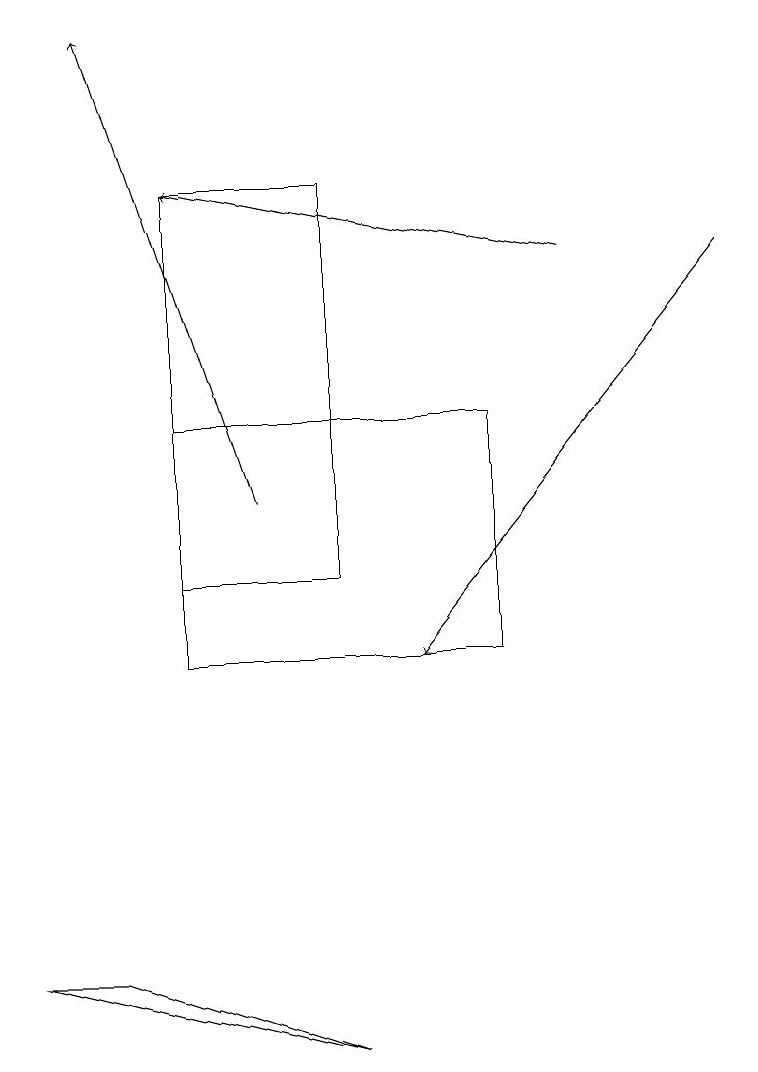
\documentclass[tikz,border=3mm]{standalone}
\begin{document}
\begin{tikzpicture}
\draw (4,17) rectangle (2,12);
\draw[->] (3,13) -- (1,19);
\draw (4,6) -- (0,7) -- (1,7) -- cycle;
\draw[->] (9,16) -- (5,11);
\draw (2,11) rectangle (6,14);
\draw[->] (7,16) -- (2,17);
\draw (4,13) rectangle (4,16);
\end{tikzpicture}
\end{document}